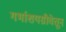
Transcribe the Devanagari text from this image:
गर्भाशयग्रीवेतून